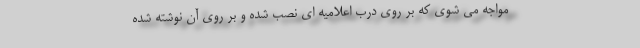
مواجه می شوی که بر روی درب اعلامیه ای نصب شده و بر روی آن نوشته شده